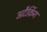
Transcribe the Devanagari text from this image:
अटैकिंग